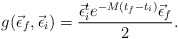
\begin{align*}g(\vec\epsilon_f,\vec\epsilon_i)=\frac{\vec\epsilon_i^te^{-M(t_f-t_i)}\vec\epsilon_f}{2}.\end{align*}